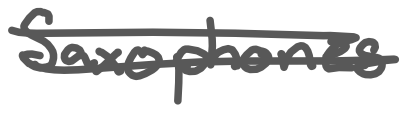
Text: Saxophones
Cross-out: double-line
Writing tool: digital_gray